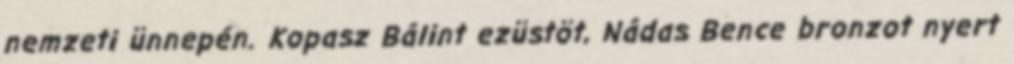
nemzeti ünnepén. Kopasz Bálint ezüstöt, Nádas Bence bronzot nyert